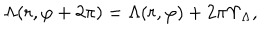
\Lambda ( r , \varphi + 2 \pi ) = \Lambda ( r , \varphi ) + 2 \pi \Upsilon _ { \Lambda } ,